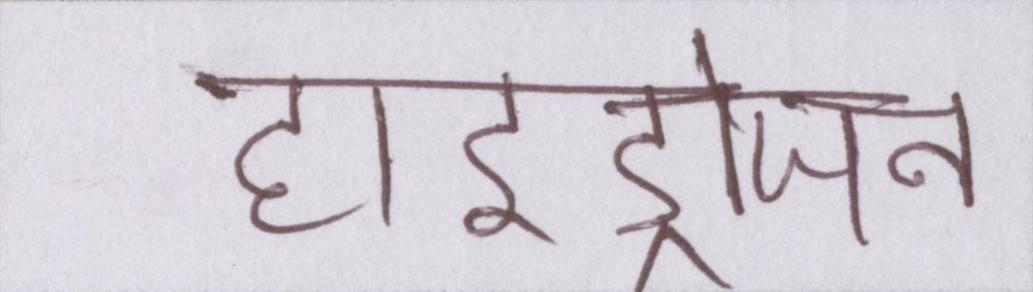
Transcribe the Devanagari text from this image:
हाइड्रोजन